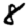
Digit: 8